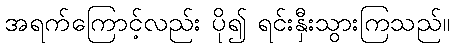
အရက်ကြောင့်လည်း ပို၍ ရင်းနှီးသွားကြသည်။